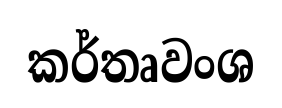
කර්තෘවංශ